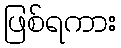
ဖြစ်ရကား